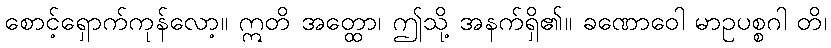
စောင့်ရှောက်ကုန်လော့။ ဣတိ အတ္ထော၊ ဤသို့ အနက်ရှိ၏။ ခဏောဝေါ မာဥပစ္စဂါ တိ၊